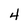
Character: 4